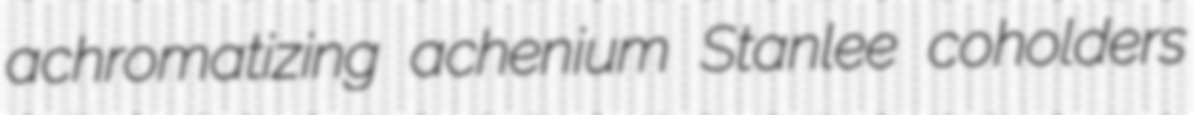
achromatizing achenium Stanlee coholders